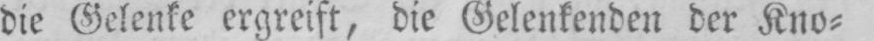
die Gelenke ergreift, die Gelenkenden der Kno⸗